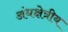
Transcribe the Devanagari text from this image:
अंधक्षेत्रीय